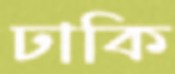
ঢাকি